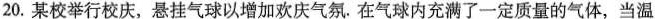
20. 某校举行校庆，悬挂气球以增加欢庆气氛. 在气球内充满了一定质量的气体，当温